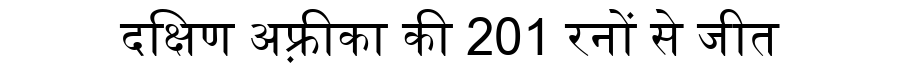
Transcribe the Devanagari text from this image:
दक्षिण अफ़्रीका की 201 रनों से जीत